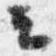
云